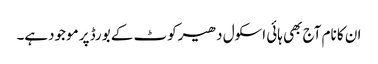
ان کا نام آج بھی ہائی اسکول دھیرکوٹ کے بورڈ پر موجودہے۔